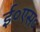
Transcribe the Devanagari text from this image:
ई०एस०